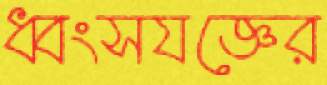
ধ্বংসযজ্ঞের